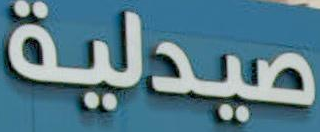
صيدلية